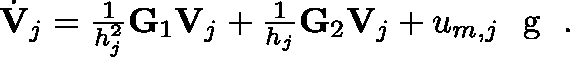
\begin{array} { r } { \dot { \mathbf { V } } _ { j } = \frac { 1 } { h _ { j } ^ { 2 } } \mathbf { G } _ { 1 } \mathbf { V } _ { j } + \frac { 1 } { h _ { j } } \mathbf { G } _ { 2 } \mathbf { V } _ { j } + u _ { m , j } \textrm { \boldmath { g } } . } \end{array}